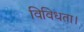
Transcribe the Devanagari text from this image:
विविधता।